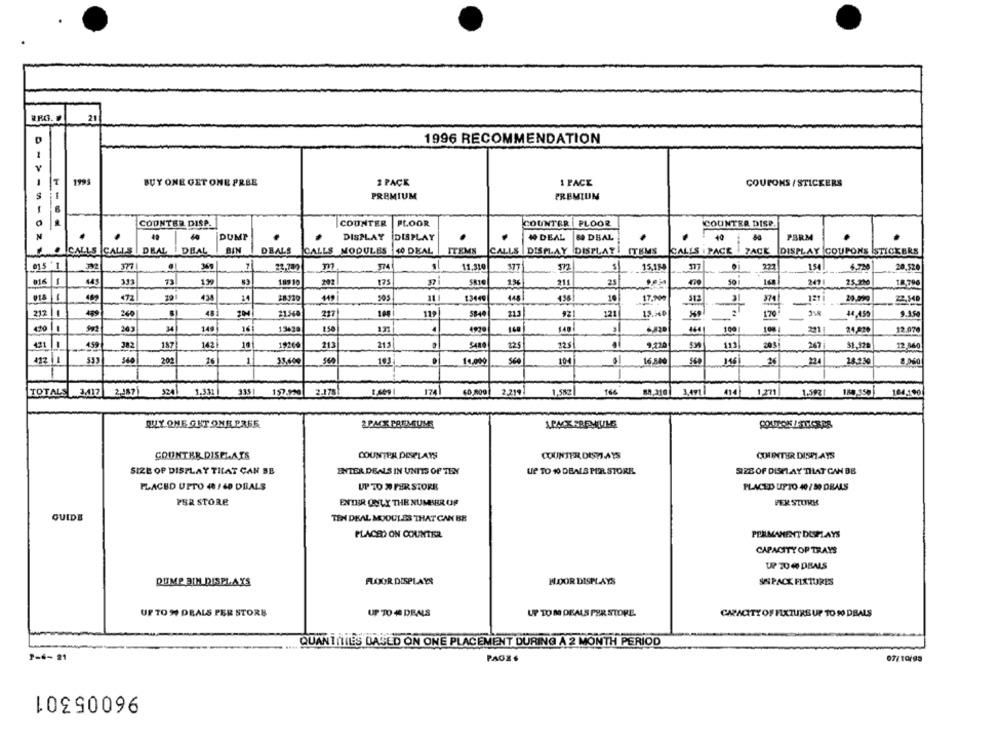
21
1996 RECOMMENDATION
V
T
1991
BUY ONE GET ONE PRBE
2 PACK
1 PACE
COUPONS / STICKERS
PREMIUM
PREMIUN
COUNTER DISP.
COUNTER
FLOOR
COUNTER PLOOR
COUNTER DISP.
N
60
DUMP
DISPLAY
DISPLAY
# DEAL
54 DEAL
40
PBRM
. CALLS CALLS
DEAL ! DEAL
BIN
DEALS
CALLS MODULES
40 DEAL
ITEMS
CALLS DISPLAY DISPLAY ITEMS
CALLS . PACE
PACE DISPLAY COUPONS STICKERS
015 1
377
.
7
m
374
11.310
577
$12
15,159
227
154
4.720
20,520
016 1
333
73
18910
202
175
211
25
2471
25.200
18.796
018
471
438
14
18120
438
17.200
11
13449
448
10
313
374
-
121
29,990
22,548
212 1
459
48
213
260
21.560
217
119
5844
121
15,40
170
44,450
9.154
4to la
Sw2
140
16
13428
121
4
4920
140
6,820
4441
100
100
221
24,820
12.070
459
382
187
142|
10
19260
213
212
5480
125
125
9.120
111
267
12.840
533
201
16
1
33,600
560
103
14,000
See
104
16,800
560
146
26
224
-
TOTALS
3,417
2,187
324
1.331
3351
157.920
2.17
1499
174
40,800
2.219
1,583
166
80,310
414 1,271
184.350
104,190
QUY ONE GET ONE PRES
&PACK PREMIUM
COUNTER DISPLAYS
COUNTER DESPLAYS
COUNTER DISPLAYS
COUNTER DISPLAYS
SIZE OF DISPLAY THAT CAN BE
ENTER DEALS IN UNITS OF TEN
UP TO 10 DEALS PIR STORE.
SIZE OF DISPLAY THAT CAN BE
PLACED UPTO # / 60 DBALS
UP TO » FER STORE
PLACED UPTO 40 / 30 DEALS
PER STORE
ENTER ONLY THE NUMBER OF
PER STURK
GUIDE
TEN DEAL MODULES THAT CAN BE
PLACED ON COUNTER
PERMAMENT DISPLAYS
CAPACITY OP TRAYS
UP TO 40 DEALS
DUMP BIN DISPLAYS
FLOUR DISPLAYS
HOOR DISPLAYS
SAPACK FIXTURES
UP TO 94 DEALS PER STORE
UP TO 40 DEALS
UP TO M DEALS PER STORE.
CAPACITY OF FIXTURE UP TO 90 DBALS
QUANT NIES DAGLD ON ONE PLACEMENT DURING A 2 MONTH PERIOD
P-4-21
PAGE
07/10/95
96005301